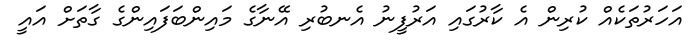
އަހަރުތަކެއް ކުރިން އެ ކާރުގައި އަރުފީނު އެނބުރި އޭނާގެ މައިންބަފައިންގެ ގާތަށް އައީ